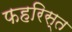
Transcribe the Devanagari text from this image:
फहरिस्त